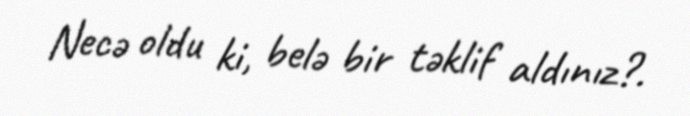
Necə oldu ki, belə bir təklif aldınız?.